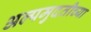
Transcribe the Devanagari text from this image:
अल्पमुदतीच्या